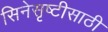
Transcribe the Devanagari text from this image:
सिनेसृष्टीसाठी